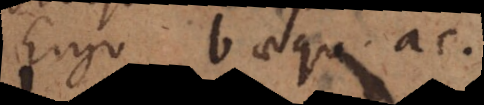
Ergo b aequ. ac.